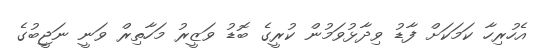
އެހުރިހާ ކަމަކަށް ފާޑު ވިދާޅުވަމުން ކުރީގެ ބޮޑު ވަޒީރު މަހާތިރް ވަނީ ނަޖީބުގެ